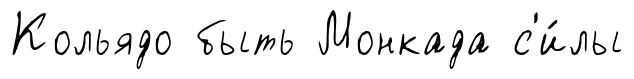
Кольядо быть Монкада с'и́лы